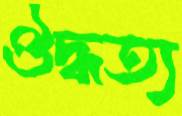
ঔদ্ধত্য